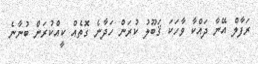
ރަފާލް އޭނާ ދައްކާ ވާހަކަ ޤަބޫލު ކުރަން ހަދާނެ ގޮތެއް ކީއްކުރަން ބުނާނެ